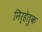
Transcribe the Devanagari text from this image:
निर्हेतुक